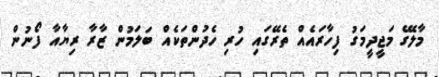
މާލޭގެ މަޖީދީމަގު ފިހާރައެއް ތެރޭގައި ހުރި ހެދުންތަކެއް ބަލަމުން ޒާރާ ރިޔާއާ ފޯނުން